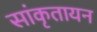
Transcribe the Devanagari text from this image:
सांकृतायन